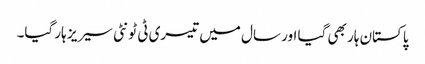
پاکستان ہار بھی گیا اور سال میں تیسری ٹی ٹونٹی سیریز ہار گیا۔